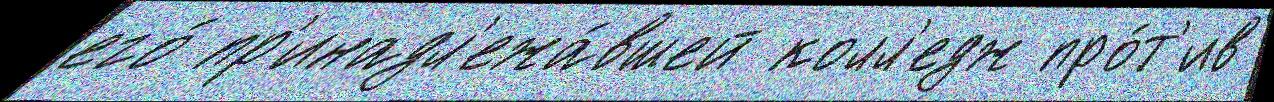
его́ пр'инадл'ежа́вшей колл'едж про́т'ив